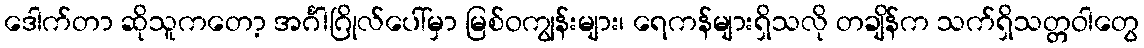
ဒေါက်တာ ဆိုသူကတော့ အင်္ဂါဂြိုလ်ပေါ်မှာ မြစ်ဝကျွန်းများ၊ ရေကန်များရှိသလို တချိန်က သက်ရှိသတ္တဝါတွေ